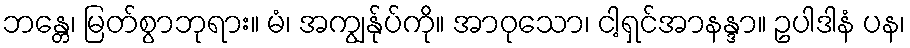
ဘန္တေ၊ မြတ်စွာဘုရား။ မံ၊ အကျွန်ုပ်ကို။ အာဝုသော၊ ငါ့ရှင်အာနန္ဒာ။ ဥပါဒါနံ ပန၊